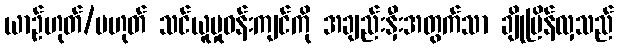
ယာဉ်ဟုတ်/မဟုတ် သင်ယူမှုဝန်းကျင်ကို အချည်းနှီးအတွက်သာ ချိုမြိန်လှသည်